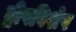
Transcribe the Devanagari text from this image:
द्वीपविशेष